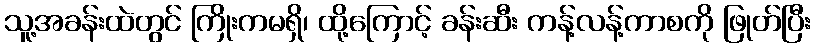
သူ့အခန်းထဲတွင် ကြိုးကမရှိ၊ ထို့ကြောင့် ခန်းဆီး ကန့်လန့်ကာစကို ဖြုတ်ပြီး